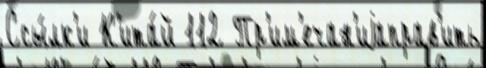
Ссы́лк'и К'ита́й 112 Пр'им'ечан'иjаправ'ить